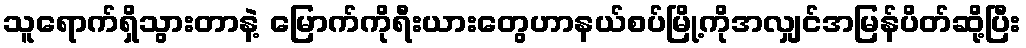
သူရောက်ရှိသွားတာနဲ့ မြောက်ကိုရီးယားတွေဟာနယ်စပ်မြို့ကိုအလျှင်အမြန်ပိတ်ဆို့ပြီး